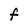
Character: F